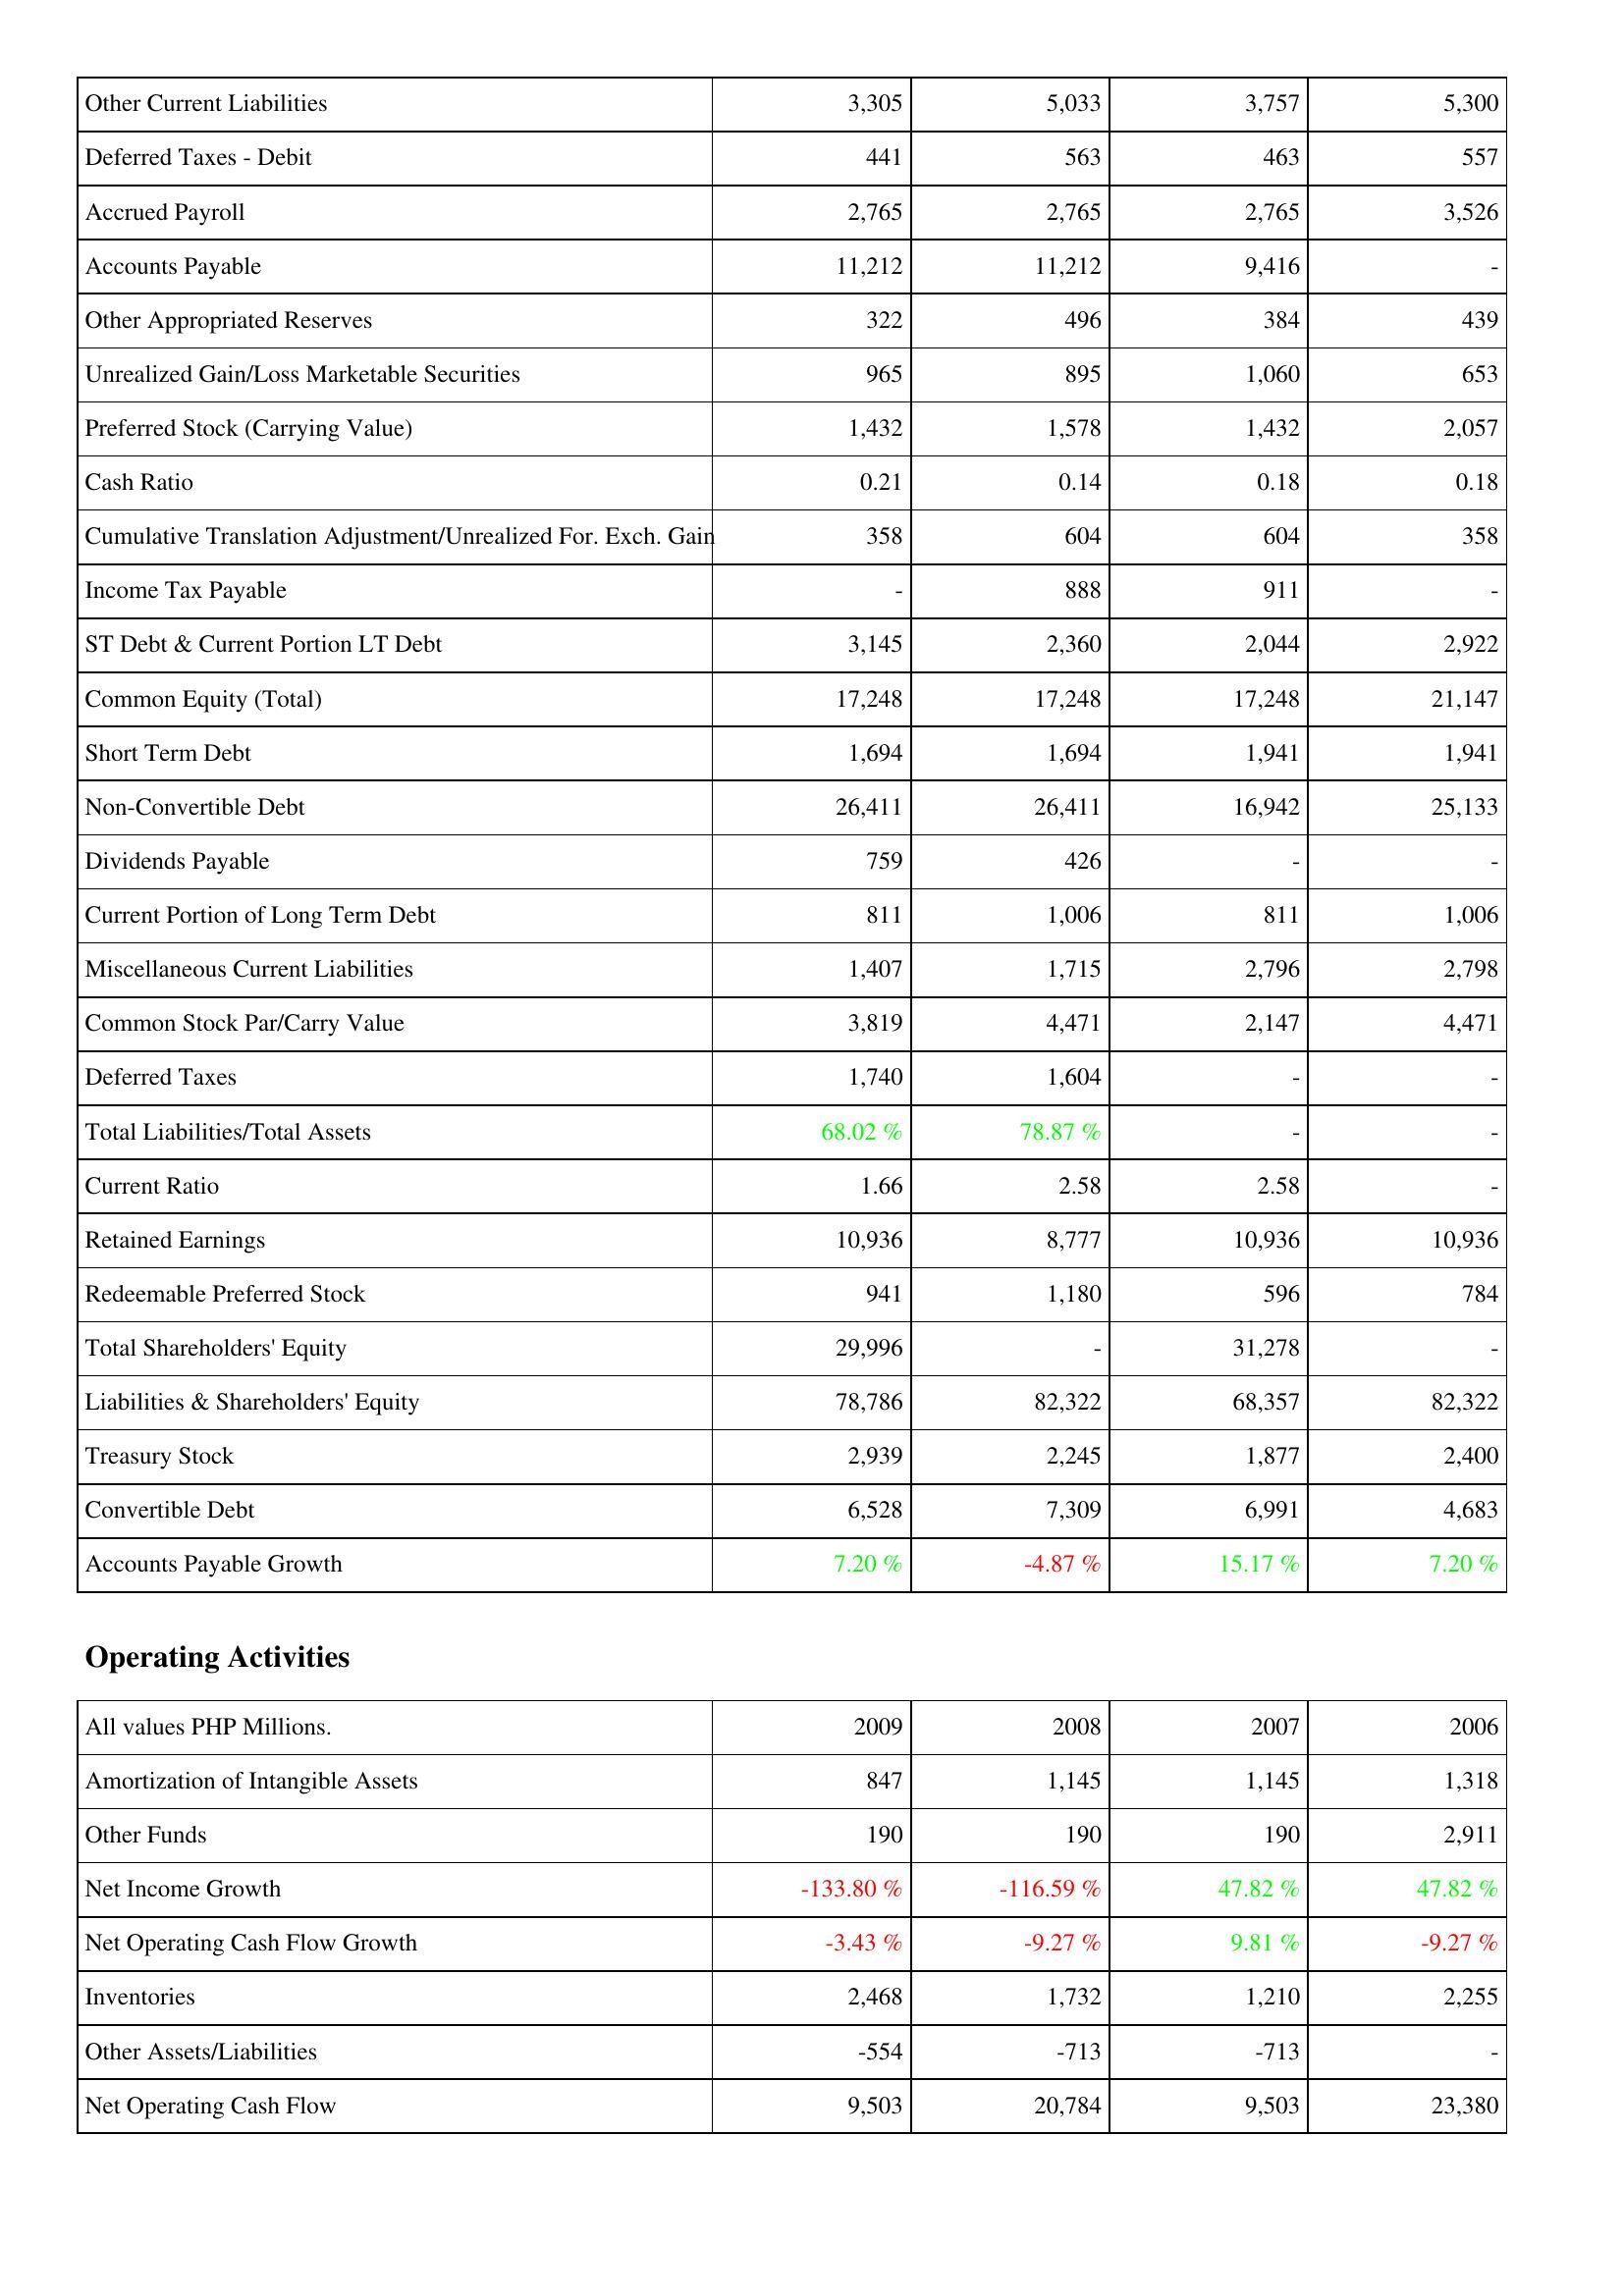
2009: Liabilities & Shareholders' Equity: Other Current Liabilities: 3,305
Deferred Taxes - Debit: 441
Accrued Payroll: 2,765
Accounts Payable: 11,212
Other Appropriated Reserves: 322
Unrealized Gain/Loss Marketable Securities: 965
Preferred Stock (Carrying Value): 1,432
Cash Ratio: 0.21
Cumulative Translation Adjustment/Unrealized For. Exch. Gain: 358
Income Tax Payable: -
ST Debt & Current Portion LT Debt: 3,145
Common Equity (Total): 17,248
Short Term Debt: 1,694
Non-Convertible Debt: 26,411
Dividends Payable: 759
Current Portion of Long Term Debt: 811
Miscellaneous Current Liabilities: 1,407
Common Stock Par/Carry Value: 3,819
Deferred Taxes: 1,740
Total Liabilities/Total Assets: 68.02 %
Current Ratio: 1.66
Retained Earnings: 10,936
Redeemable Preferred Stock: 941
Total Shareholders' Equity: 29,996
Liabilities & Shareholders' Equity: 78,786
Treasury Stock: 2,939
Convertible Debt: 6,528
Accounts Payable Growth: 7.20 %
Operating Activities: Amortization of Intangible Assets: 847
Other Funds: 190
Net Income Growth: -133.80 %
Net Operating Cash Flow Growth: -3.43 %
Inventories: 2,468
Other Assets/Liabilities: -554
Net Operating Cash Flow: 9,503
2008: Liabilities & Shareholders' Equity: Other Current Liabilities: 5,033
Deferred Taxes - Debit: 563
Accrued Payroll: 2,765
Accounts Payable: 11,212
Other Appropriated Reserves: 496
Unrealized Gain/Loss Marketable Securities: 895
Preferred Stock (Carrying Value): 1,578
Cash Ratio: 0.14
Cumulative Translation Adjustment/Unrealized For. Exch. Gain: 604
Income Tax Payable: 888
ST Debt & Current Portion LT Debt: 2,360
Common Equity (Total): 17,248
Short Term Debt: 1,694
Non-Convertible Debt: 26,411
Dividends Payable: 426
Current Portion of Long Term Debt: 1,006
Miscellaneous Current Liabilities: 1,715
Common Stock Par/Carry Value: 4,471
Deferred Taxes: 1,604
Total Liabilities/Total Assets: 78.87 %
Current Ratio: 2.58
Retained Earnings: 8,777
Redeemable Preferred Stock: 1,180
Total Shareholders' Equity: -
Liabilities & Shareholders' Equity: 82,322
Treasury Stock: 2,245
Convertible Debt: 7,309
Accounts Payable Growth: -4.87 %
Operating Activities: Amortization of Intangible Assets: 1,145
Other Funds: 190
Net Income Growth: -116.59 %
Net Operating Cash Flow Growth: -9.27 %
Inventories: 1,732
Other Assets/Liabilities: -713
Net Operating Cash Flow: 20,784
2007: Liabilities & Shareholders' Equity: Other Current Liabilities: 3,757
Deferred Taxes - Debit: 463
Accrued Payroll: 2,765
Accounts Payable: 9,416
Other Appropriated Reserves: 384
Unrealized Gain/Loss Marketable Securities: 1,060
Preferred Stock (Carrying Value): 1,432
Cash Ratio: 0.18
Cumulative Translation Adjustment/Unrealized For. Exch. Gain: 604
Income Tax Payable: 911
ST Debt & Current Portion LT Debt: 2,044
Common Equity (Total): 17,248
Short Term Debt: 1,941
Non-Convertible Debt: 16,942
Dividends Payable: -
Current Portion of Long Term Debt: 811
Miscellaneous Current Liabilities: 2,796
Common Stock Par/Carry Value: 2,147
Deferred Taxes: -
Total Liabilities/Total Assets: -
Current Ratio: 2.58
Retained Earnings: 10,936
Redeemable Preferred Stock: 596
Total Shareholders' Equity: 31,278
Liabilities & Shareholders' Equity: 68,357
Treasury Stock: 1,877
Convertible Debt: 6,991
Accounts Payable Growth: 15.17 %
Operating Activities: Amortization of Intangible Assets: 1,145
Other Funds: 190
Net Income Growth: 47.82 %
Net Operating Cash Flow Growth: 9.81 %
Inventories: 1,210
Other Assets/Liabilities: -713
Net Operating Cash Flow: 9,503
2006: Liabilities & Shareholders' Equity: Other Current Liabilities: 5,300
Deferred Taxes - Debit: 557
Accrued Payroll: 3,526
Accounts Payable: -
Other Appropriated Reserves: 439
Unrealized Gain/Loss Marketable Securities: 653
Preferred Stock (Carrying Value): 2,057
Cash Ratio: 0.18
Cumulative Translation Adjustment/Unrealized For. Exch. Gain: 358
Income Tax Payable: -
ST Debt & Current Portion LT Debt: 2,922
Common Equity (Total): 21,147
Short Term Debt: 1,941
Non-Convertible Debt: 25,133
Dividends Payable: -
Current Portion of Long Term Debt: 1,006
Miscellaneous Current Liabilities: 2,798
Common Stock Par/Carry Value: 4,471
Deferred Taxes: -
Total Liabilities/Total Assets: -
Current Ratio: -
Retained Earnings: 10,936
Redeemable Preferred Stock: 784
Total Shareholders' Equity: -
Liabilities & Shareholders' Equity: 82,322
Treasury Stock: 2,400
Convertible Debt: 4,683
Accounts Payable Growth: 7.20 %
Operating Activities: Amortization of Intangible Assets: 1,318
Other Funds: 2,911
Net Income Growth: 47.82 %
Net Operating Cash Flow Growth: -9.27 %
Inventories: 2,255
Other Assets/Liabilities: -
Net Operating Cash Flow: 23,380